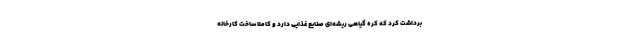
برداشت کرد که کره گیاهی ریشه‌ای صنایع غذایی دارد و کاملا ساخت کارخانه